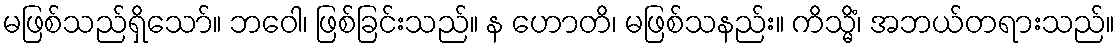
မဖြစ်သည်ရှိသော်။ ဘဝေါ၊ ဖြစ်ခြင်းသည်။ န ဟောတိ၊ မဖြစ်သနည်း။ ကိသ္မိံ၊ အဘယ်တရားသည်။